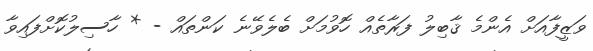
ވަޒީފާއަށް އެންމެ ޤާބިލު ފަރާތެއް ހޮވުމަށް ބެލެވޭނެ ކަންތައް - * ހާސިލުކޮށްފައިވާ